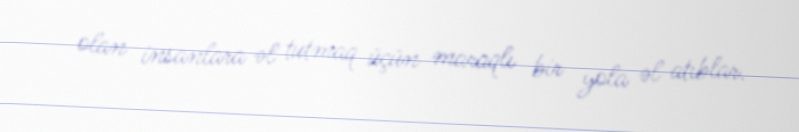
olan insanlara əl tutmaq üçün maraqlı bir yola əl atıblar.